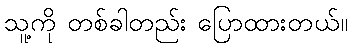
သူ့ကို တစ်ခါတည်း ပြောထားတယ်။